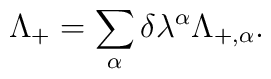
\Lambda_{+} =\sum_{\alpha} \delta\lambda^{\alpha}\Lambda_{+,\alpha} .